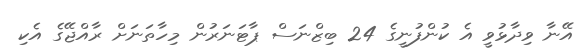
އޭނާ ވިދާޅުވީ އެ ކުންފުނީގެ 24 ބިޒްނަސް ޕާޓަނަރުން މިހާތަނަށް ރާއްޖޭގެ އެކި